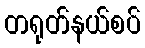
တရုတ်နယ်စပ်